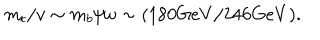
m _ { t } / v \sim m _ { b } / w \sim ( 1 8 0 G e V / 2 4 6 G e V ) .